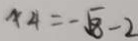
x _ { 4 } = - \sqrt { 8 } - 2